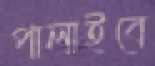
পালাইবে